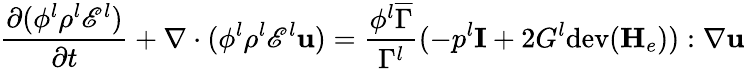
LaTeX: \frac{\partial(\phi^{l}\rho^{l}\mathscr{E}^{l})}{\partial t}+\nabla\cdot(\phi^{l}\rho^{l}\mathscr{E}^{l}\mathbf{u})=\frac{\phi^{l}\overline{{\Gamma}}}{\Gamma^{l}}(-p^{l}\mathbf{I}+2G^{l}\mathrm{dev}(\mathbf{H}_{e})):\nabla\mathbf{u}